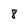
Character: 8